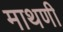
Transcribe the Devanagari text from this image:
माथणी